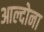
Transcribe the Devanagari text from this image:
आल्दोना